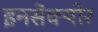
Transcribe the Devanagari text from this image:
इनसेक्योर